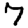
Digit: 7